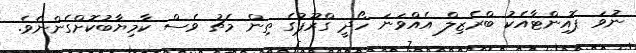
ނުވަ ޕޮއިންޓާއެކު ބްރެޒިލް އެއްވަނަ ހޯދީ ގްރޫޕުގެ ތިން މެޗު ވެސް ކާމިޔާބުކޮށްގެންނެވެ.